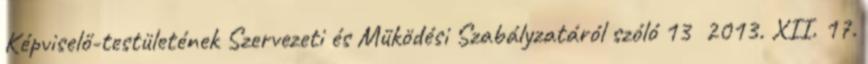
Képviselő-testületének Szervezeti és Működési Szabályzatáról szóló 13 2013. XII. 17.